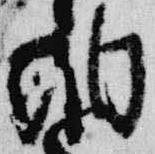
納